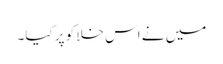
میں نے اس خلا کو پر کیا۔